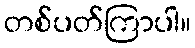
တစ်ပတ်ကြာပါ။